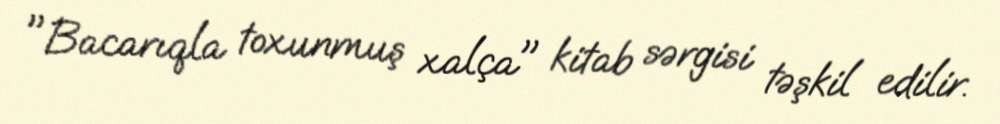
"Bacarıqla toxunmuş xalça" kitab sərgisi təşkil edilir.